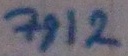
Text: 7812